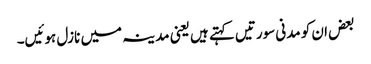
بعض ان کو مدنی سورتیں کہتے ہیں یعنی مدینہ میں نازل ہوئیں۔